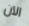
الآن